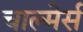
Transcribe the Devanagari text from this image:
चाल्मेर्स